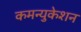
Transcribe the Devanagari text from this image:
कमन्युकेशन